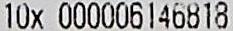
10X 000006146818